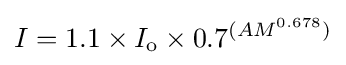
I=1.1\times I_{\mathrm {o} }\times 0.7^{(AM^{0.678})}